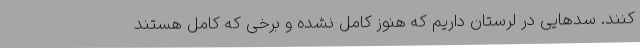
کنند. سدهایی در لرستان داریم که هنوز کامل نشده و برخی که کامل هستند